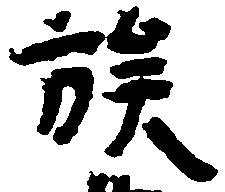
族